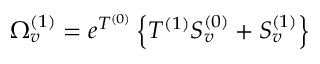
\Omega _ { v } ^ { ( 1 ) } = e ^ { T ^ { ( 0 ) } } \left\{ T ^ { ( 1 ) } S _ { v } ^ { ( 0 ) } + S _ { v } ^ { ( 1 ) } \right\}